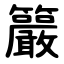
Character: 䉷